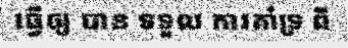
ធ្វើឲ្យ បាន ទទួល ការគាំទ្រ ពី